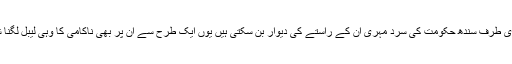
تاہم ایک طرف ایم کیو ایم کے ساتھ ان کی مفاہمت اور دوسری طرف سندھ حکومت کی سرد مہری ان کے راستے کی دیوار بن سکتی ہیں یوں ایک طرح سے ان پر بھی ناکامی کا وہی لیبل لگنا شروع ہو جائے گا جس کا پچھلی حکومت ہدف بنی رہی ہے۔